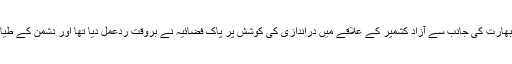
خیال رہے کہ آج (26 فروری کو ) بھارت کی جانب سے آزاد کشمیر کے علاقے میں دراندازی کی کوشش پر پاک فضائیہ نے بروقت ردعمل دیا تھا اور دشمن کے طیاروں کو بھاگنے پر مجبور کردیا تھا۔